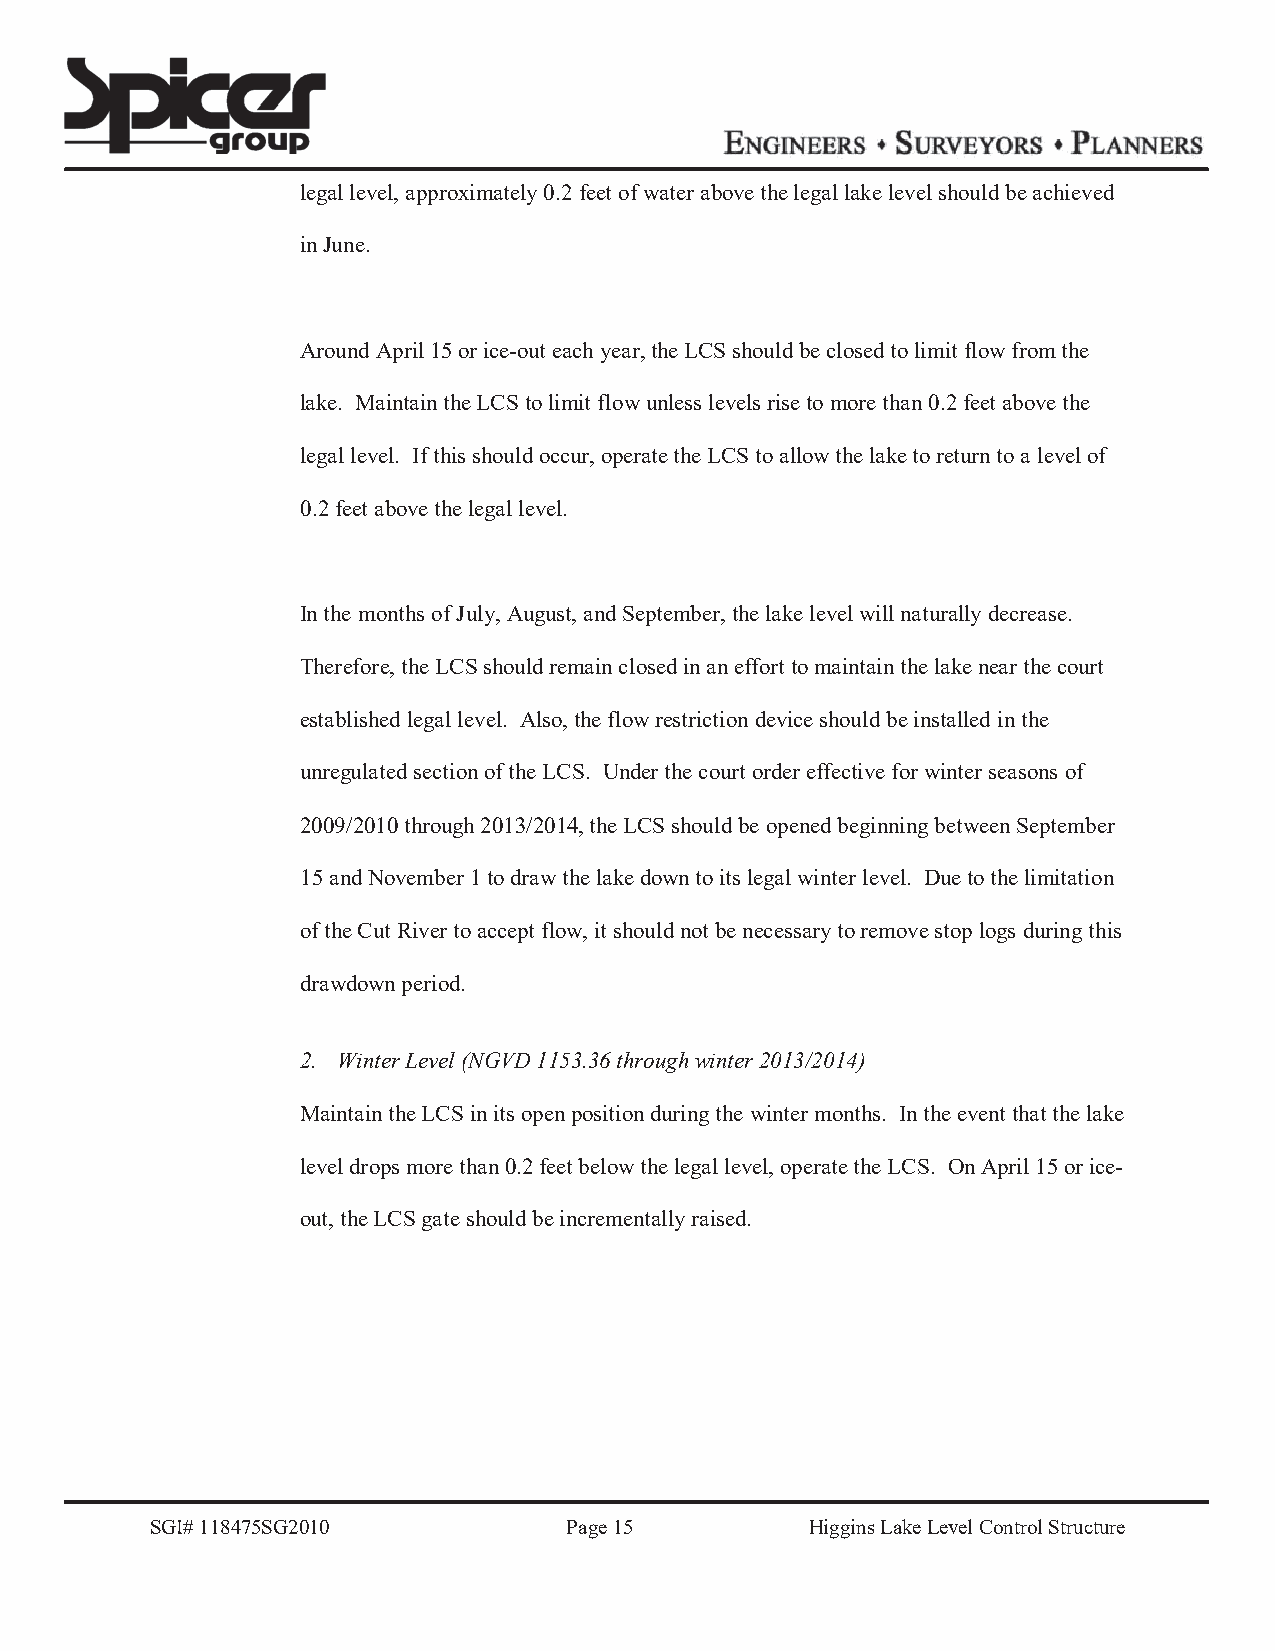
legal level, approximately 0.2 feet of water above the legal lake level should be achieved
 in June.
 Around April 15 or ice-out each year, the LCS should be closed to limit flow from the
 lake. Maintain the LCS to limit flow unless levels rise to more than 0.2 feet above the
 legal level. If this should occur, operate the LCS to allow the lake to return to a level of
 0.2 feet above the legal level.
 In the months of July, August, and September, the lake level will naturally decrease.
 Therefore, the LCS should remain closed in an effort to maintain the lake near the court
 established legal level. Also, the flow restriction device should be installed in the
 unregulated section of the LCS. Under the court order effective for winter seasons of
 2009/2010 through 2013/2014, the LCS should be opened beginning between September
 15 and November 1 to draw the lake down to its legal winter level. Due to the limitation
 of the Cut River to accept flow, it should not be necessary to remove stop logs during this
 drawdown period.
 2. Winter Level (NGVD 1153.36 through winter 2013/2014)
 Maintain the LCS in its open position during the winter months. In the event that the lake
 level drops more than 0.2 feet below the legal level, operate the LCS. On April 15 or ice-
 out, the LCS gate should be incrementally raised.
 SGI# 118475SG2010           Page 15         Higgins Lake Level Control Structure